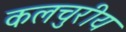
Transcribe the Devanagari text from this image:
कलचुरीय